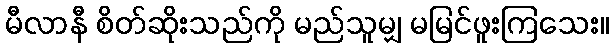
မီလာနီ စိတ်ဆိုးသည်ကို မည်သူမျှ မမြင်ဖူးကြသေး။